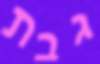
גבת